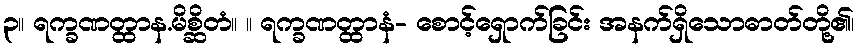
၃။ ရက္ခဏတ္ထာန.မိစ္ဆိတံ။ ။ ရက္ခဏတ္ထာနံ- စောင့်ရှောက်ခြင်း အနက်ရှိသောဓာတ်တို့၏၊